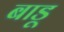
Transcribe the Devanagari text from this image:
बाडू